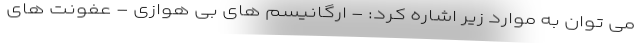
می توان به موارد زیر اشاره کرد: - ارگانیسم های بی هوازی - عفونت های